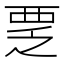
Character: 覂